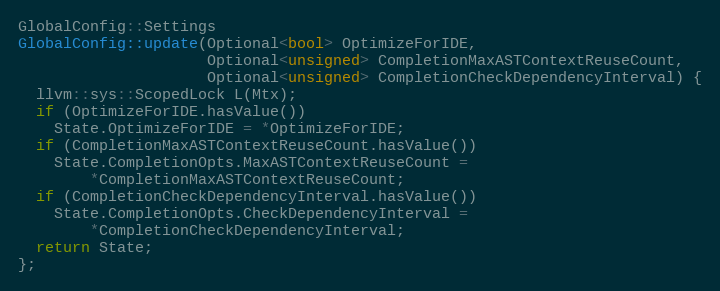
Language: C++
GlobalConfig::Settings
GlobalConfig::update(Optional<bool> OptimizeForIDE,
                     Optional<unsigned> CompletionMaxASTContextReuseCount,
                     Optional<unsigned> CompletionCheckDependencyInterval) {
  llvm::sys::ScopedLock L(Mtx);
  if (OptimizeForIDE.hasValue())
    State.OptimizeForIDE = *OptimizeForIDE;
  if (CompletionMaxASTContextReuseCount.hasValue())
    State.CompletionOpts.MaxASTContextReuseCount =
        *CompletionMaxASTContextReuseCount;
  if (CompletionCheckDependencyInterval.hasValue())
    State.CompletionOpts.CheckDependencyInterval =
        *CompletionCheckDependencyInterval;
  return State;
};